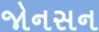
જોનસન